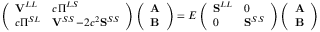
\left( \begin{array} { l l } { \mathbf { V } ^ { L L } } & { c \boldsymbol { \Pi } ^ { L S } } \\ { c \boldsymbol { \Pi } ^ { S L } } & { \mathbf { V } ^ { S S } \! - \! 2 c ^ { 2 } \mathbf { S } ^ { S S } } \end{array} \right) \left( \begin{array} { l } { \mathbf { A } } \\ { \mathbf { B } } \end{array} \right) = E \left( \begin{array} { l l } { \mathbf { S } ^ { L L } } & { 0 } \\ { 0 } & { \mathbf { S } ^ { S S } } \end{array} \right) \left( \begin{array} { l } { \mathbf { A } } \\ { \mathbf { B } } \end{array} \right)